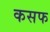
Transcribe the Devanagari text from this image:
कसफ